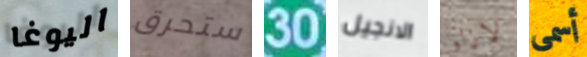
اليوغا ستحرق 30 الانجيل لازلو أسمى